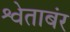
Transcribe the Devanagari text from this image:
श्वेताबंर